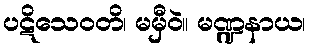
ပဋိသေဝတိ၊ မမှီဝဲ။ မဏ္ဍနာယ၊